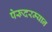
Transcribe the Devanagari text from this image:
पेरूदरम्यान